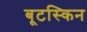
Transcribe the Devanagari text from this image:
बूटस्किन